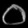
Digit: ၀